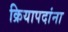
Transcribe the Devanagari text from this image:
क्रियापदांना